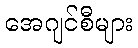
အေဂျင်စီများ